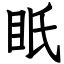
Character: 眂